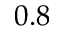
0 . 8